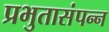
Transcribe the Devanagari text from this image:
प्रभुतासंपन्न